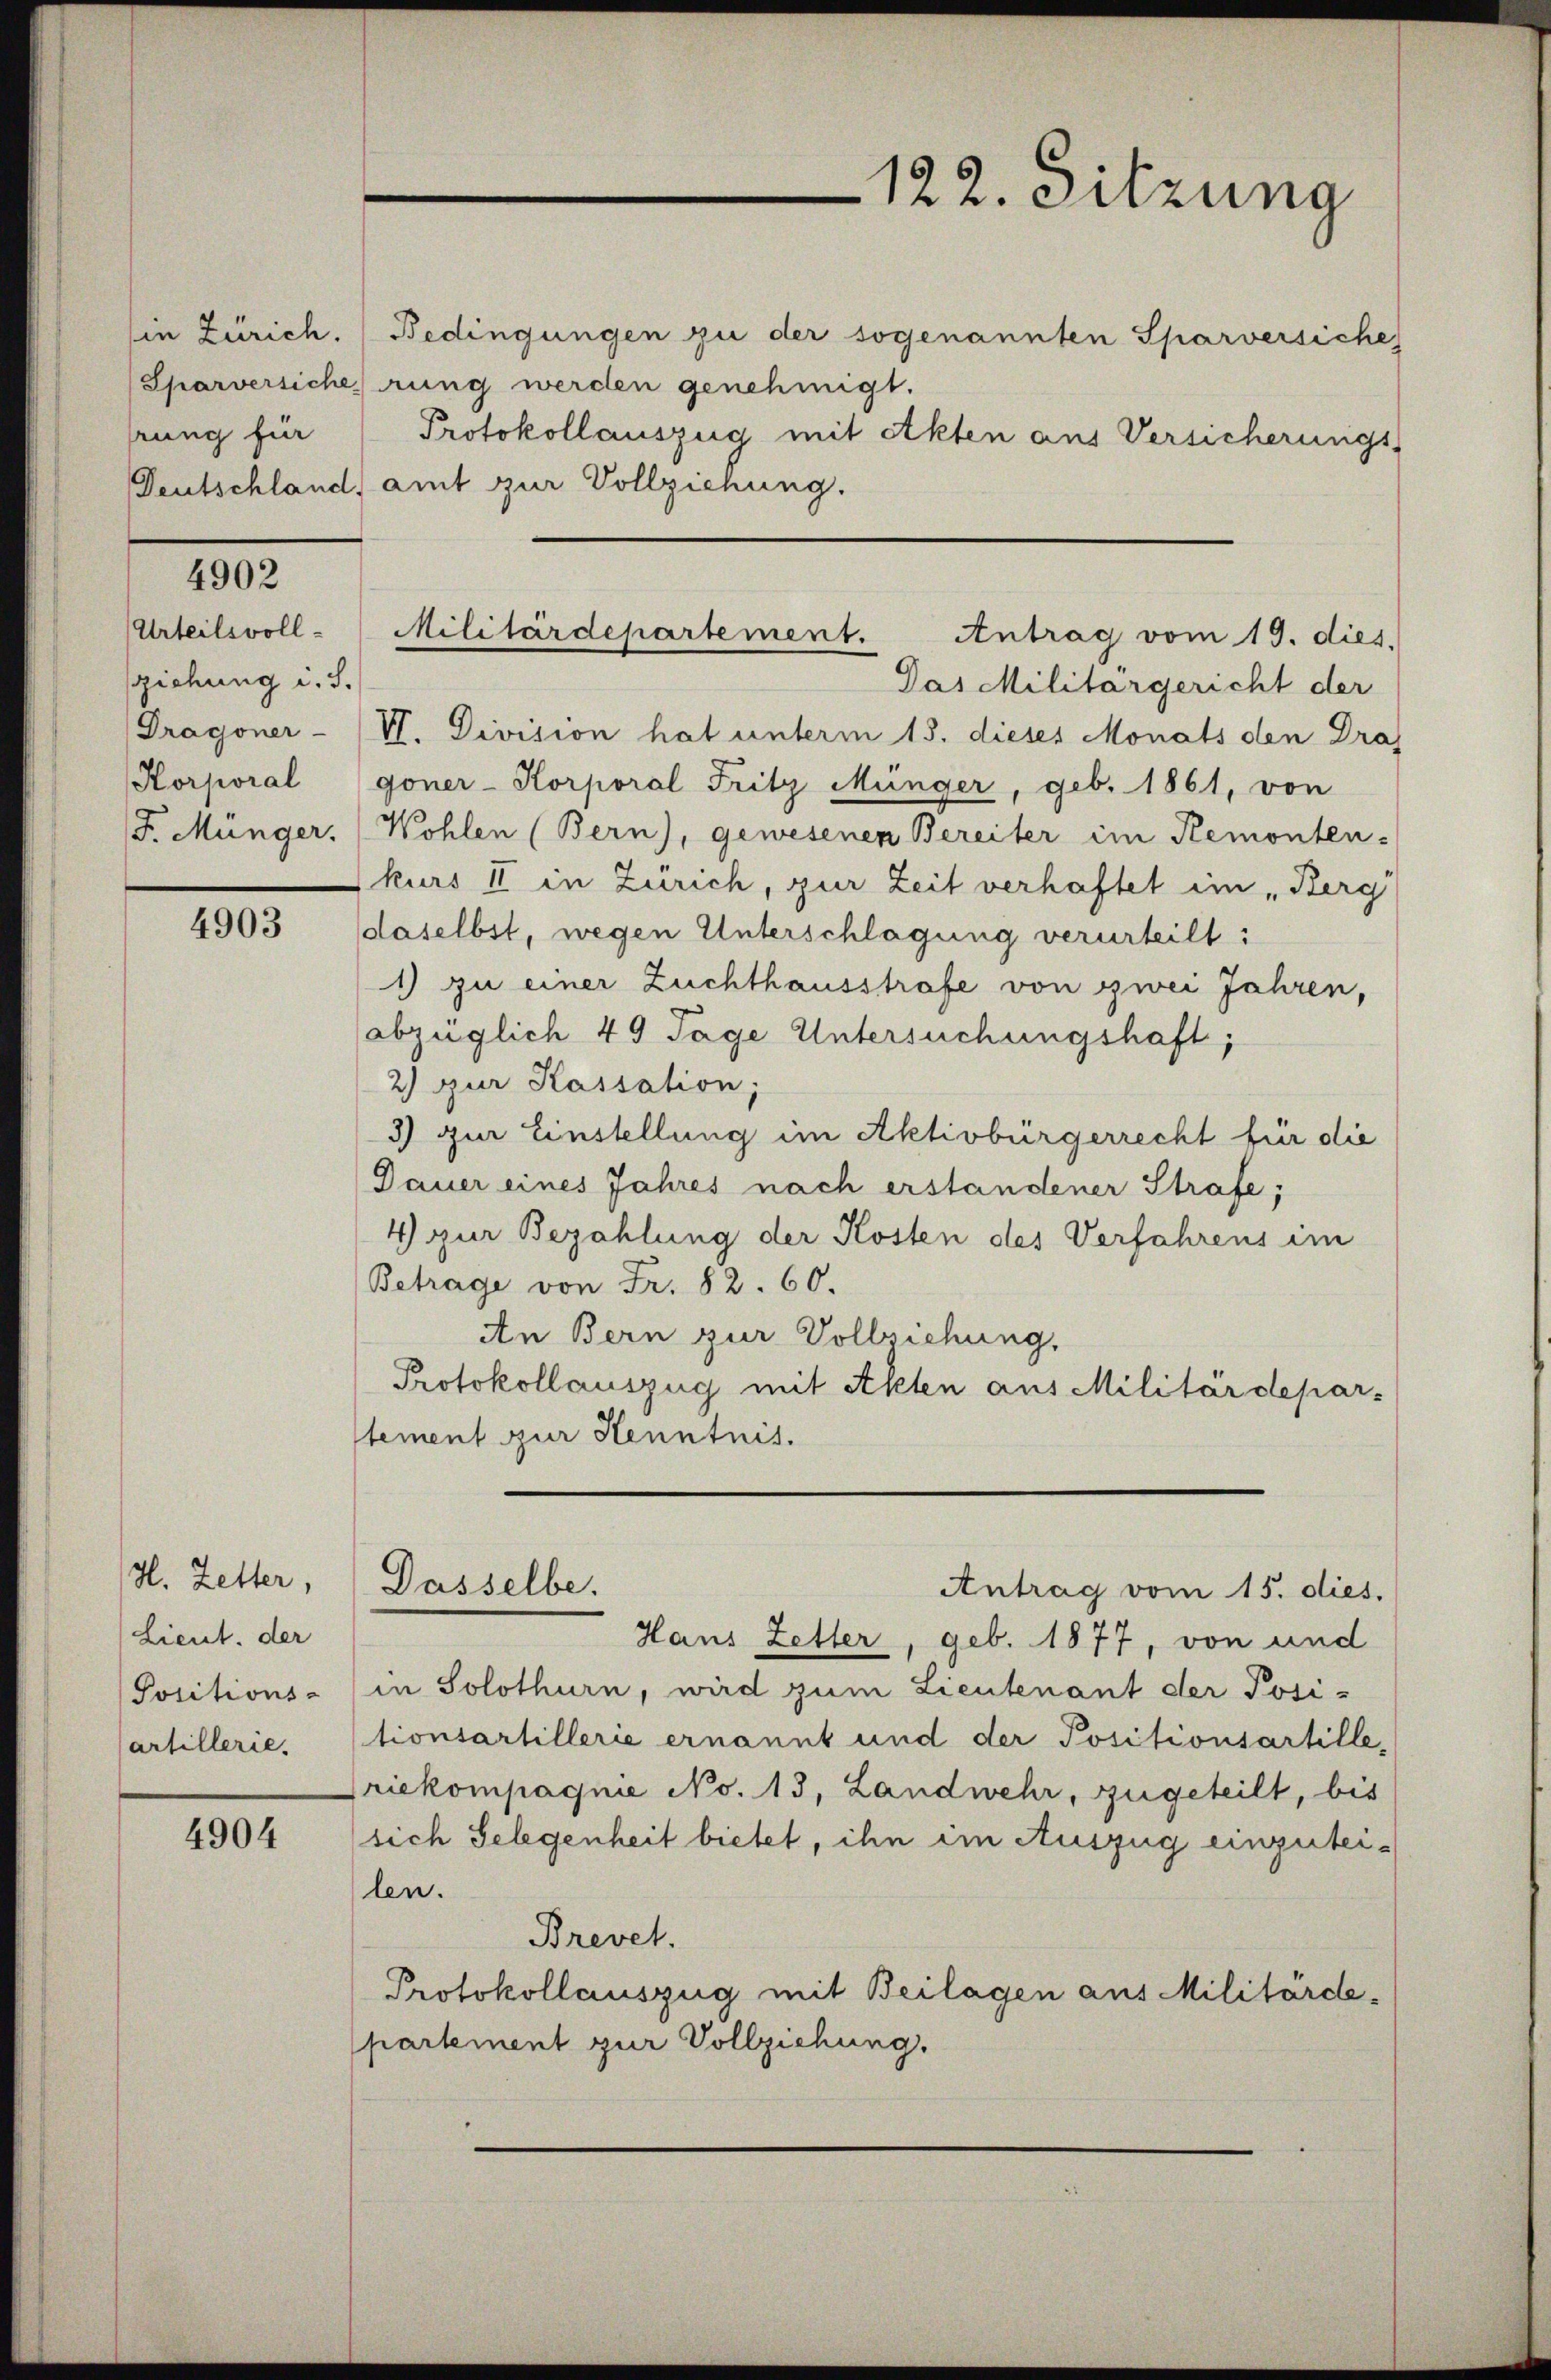
in Zürich.
rung für

4902

Urteilsvoll-
sziehung i. S.
Dragoner-
Korporal
F. Münger.

4903

H. Letter,
Lieut. der
Positions-
artillerie.

4904

Bedingungen zu der sogenannten Sparversiches
Sparversicherung werden genehmigt.
Protokollauszug mit Akten aus Versicherungs-
Deutschland, amt zur Vollziehung.
Das Militärgericht der
VI. Division hat unterm 15. dieses Monats den Dras
goner- Korporal Fritz Münger, geb. 1861, von
Wohlen (Bern), gewesenen Bereiter im Remonten-
kurs II in Zürich, zur Zeit verhaftet im „Berg
daselbst, wegen Unterschlagung verurteilt:
1) zu einer Zuchthausstrafe von zwei Jahren,
abzüglich 40 Tage Untersuchungshaft;
2) zur Kassation;
3) zur Einstellung im Aktivbürgerrecht für die
Dauer eines Jahres nach erstandener Strafe;
4 zur Bezahlung der Kosten des Verfahrens im
Betrage von Fr. 82. 60.
An Bern zur Vollziehung,
Protokollauszug mit Akten aus Militärdepar-
stement zur Kenntnis.

Militärdepartement. Antrag vom 19. dies

Dasselbe.

122. Sitzung

Antrag vom 15. dies.

Hans Zetter, geb. 1877, von und
in Solothurn, wird zum Lieutenant der Posi-
tionsartillerie ernannt und der Positionsartille,
riekompagnie No. 13, Landwehr, zugeteilt, bis
sich Gelegenheit bietet, ihn im Auszug einzutei-
len.
Brevet.
Protokollauszug mit Beilagen aus Militärde-
partement zur Vollziehung.